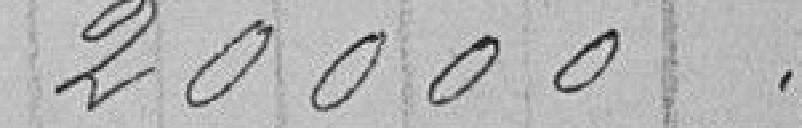
20000